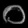
Digit: ၀